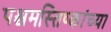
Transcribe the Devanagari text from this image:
पश्चमस्तिष्कांच्या